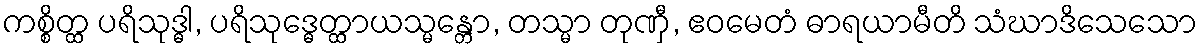
ကစ္စိတ္ထ ပရိသုဒ္ဓါ, ပရိသုဒ္ဓေတ္ထာယသ္မန္တော, တသ္မာ တုဏှီ, ဧဝမေတံ ဓာရယာမီတိ သံဃာဒိသေသော